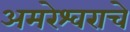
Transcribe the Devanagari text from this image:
अमरेश्वराचे